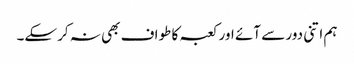
ہم اتنی دور سے آئے اور کعبہ کا طواف بھی نہ کرسکے۔